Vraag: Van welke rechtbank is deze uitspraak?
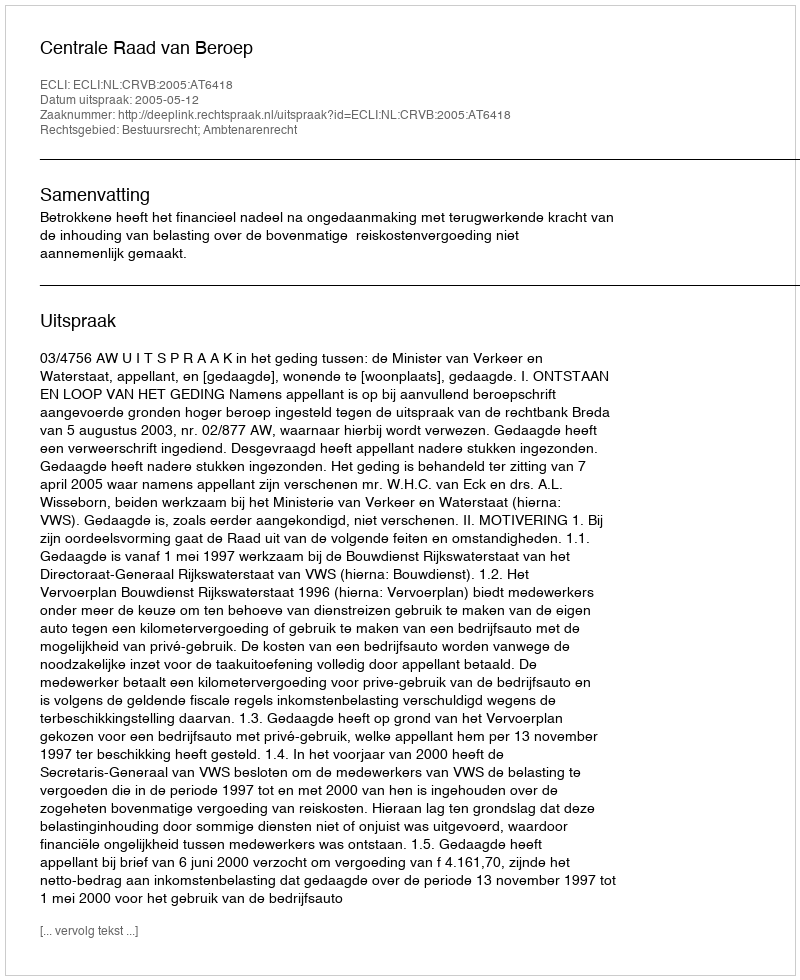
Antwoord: Centrale Raad van Beroep